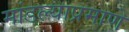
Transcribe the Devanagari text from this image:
मांडल्याप्रमाणे